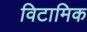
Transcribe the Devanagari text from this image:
विटामिक